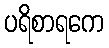
ပရိစာရကေ